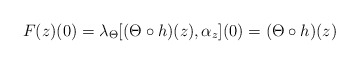
\begin{align*} F(z)(0) =\lambda_{\Theta}[( \Theta \circ h)(z), \alpha_z](0) =( \Theta \circ h)(z)\end{align*}